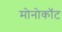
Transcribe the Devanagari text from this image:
मोनोकॉट